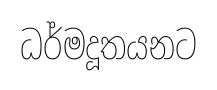
ධර්මදූතයනට